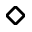
\diamond